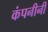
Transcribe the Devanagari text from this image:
कंपनीनी